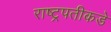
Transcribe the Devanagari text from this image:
राष्ट्रपतीकडे